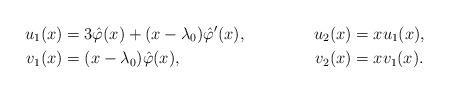
LaTeX: \begin{align*}u_1(x)&=3\hat{\varphi}(x)+(x-\lambda_0)\hat{\varphi}'(x),&u_2(x)&=xu_1(x),\\v_1(x)&=(x-\lambda_0)\hat{\varphi}(x),&v_2(x)&=xv_1(x).\end{align*}